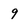
Character: 9